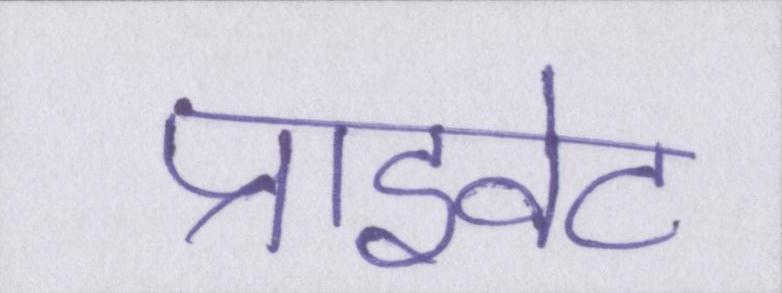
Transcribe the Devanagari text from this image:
प्राइवेट